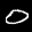
Label: 0